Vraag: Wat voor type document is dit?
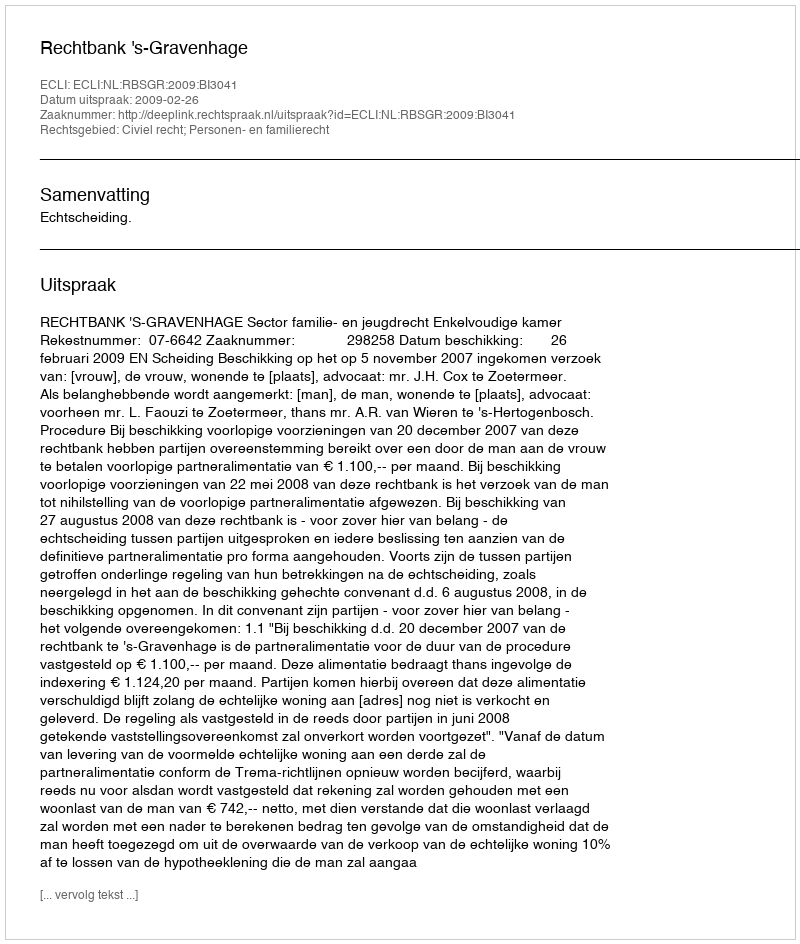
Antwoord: Uitspraak